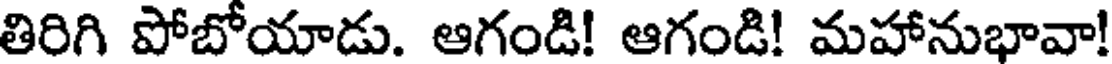
తిరిగి పోబోయాడు. ఆగండి! ఆగండి! మహానుభావా!